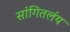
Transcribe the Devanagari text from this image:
सांगितलंय